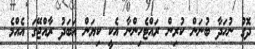
ދޮގު ނުހަދާ ބުނަން ކުރިން ރައްޓެހިންނާ އެކީ ކިޔަން އަބަދު ރާއްޖޭގަ އެއްމެ